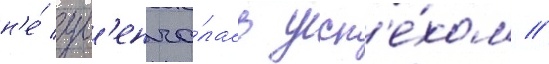
н'е́ ув'енча́лась усп'е́хом //